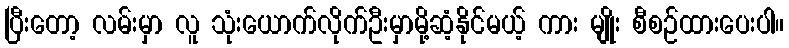
ပြီးတော့ လမ်းမှာ လူ သုံးယောက်လိုက်ဦးမှာမို့ဆံ့နိုင်မယ့် ကား မျိုး စီစဉ်ထားပေးပါ။